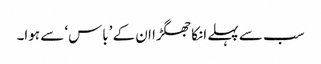
سب سے پہلے انکا جھگڑا ان کے ’باس‘ سے ہوا۔